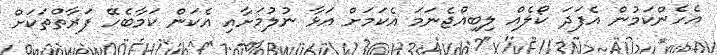
އެހެންކަމުން އެފަދަ ކޯލެއް ލިބިއްޖެނަމަ އެކަމަށް އަޅާ ނުލުމަށާއި އެކަން ކަމާބެހޭ ފަރާތްތަކަށް